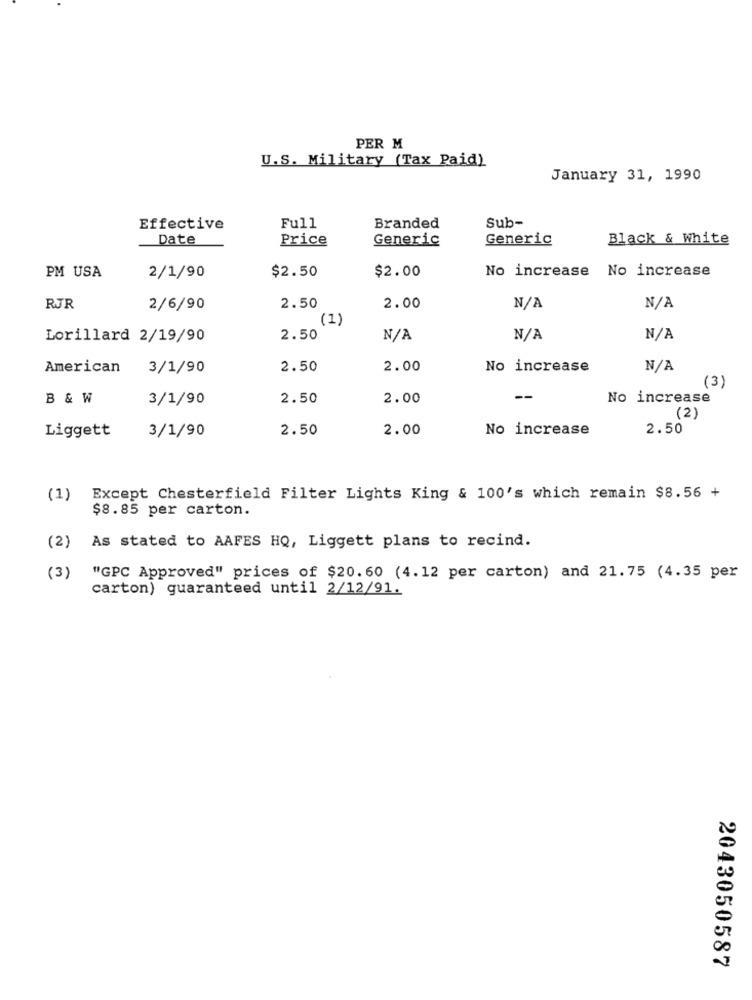
PER M
U.S. Military (Tax Paid)
January 31, 1990
Sub-
Effective
Full
Branded
Date
Price
Generic
Generic
Black & White
$2.50
$2.00
No increase
No increase
PM USA
2/1/90
RJR
2/6/90
2.50
2.00
(1)
Lorillard 2/19/90
2.50
American
3/1/90
2.50
2.00
No increase
(3)
B & W
3/1/90
2.50
2.00
--
No increase
(2)
Liggett
3/1/90
2.50
2.00
No increase
2.50
(1)
Except Chesterfield Filter Lights King & 100's which remain $8.56 +
$8.85 per carton.
As stated to AAFES HQ, Liggett plans to recind.
(2)
(3)
"GPC Approved" prices of $20.60 (4.12 per carton) and 21.75 (4.35 per
carton) guaranteed until 2/12/91.
2043050587